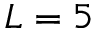
L = 5